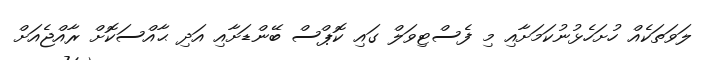
ލަވަތަކެއް ހުށަހެޅުނުކަމަށާއި މި ފެސްޓިވަލް ގައި ކޮޕްސް ބޭންޑަށާއި އަދި ޙާއްސަކޮށް ރާއްޖެއަށް